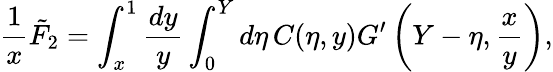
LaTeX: \frac{1}{x}\tilde{F}_{2}=\int_{x}^{1}\frac{dy}{y}\int_{0}^{Y}d\eta\, C(\eta,y)G^{\prime}\left(Y-\eta,\frac{x}{y}\right),